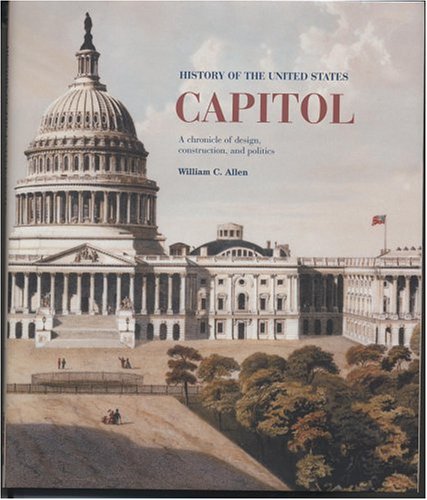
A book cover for History of the United States Capitol: A Chronicle of Design, Construction, and Politics (Senate Document); William C. Allen; Travel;